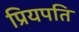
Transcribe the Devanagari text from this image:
प्रियपति